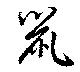
鼠